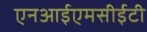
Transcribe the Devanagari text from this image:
एनआईएमसीईटी